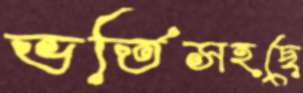
ভর্তিসহছে